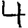
Digit: 4